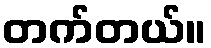
တက်တယ်။